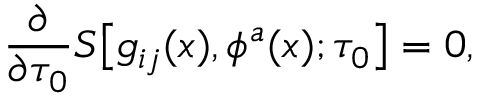
{ \frac { \partial } { \partial \tau _ { 0 } } } S \bigl [ g _ { i j } ( x ) , \phi ^ { a } ( x ) ; \tau _ { 0 } \bigr ] = 0 ,